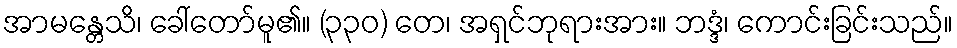
အာမန္တေသိ၊ ခေါ်တော်မူ၏။ (၃၃၀) တေ၊ အရှင်ဘုရားအား။ ဘဒ္ဒံ၊ ကောင်းခြင်းသည်။